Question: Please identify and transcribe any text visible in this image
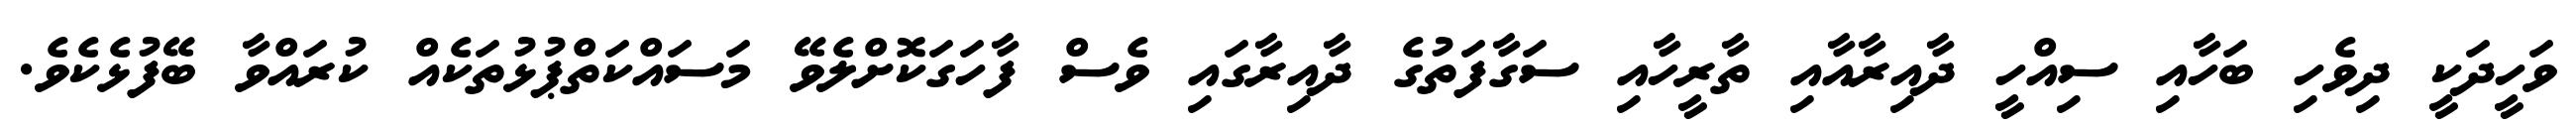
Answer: ވަހީދަކީ ދިވެހި ބަހާއި ސިއްހީ ދާއިރާއާއި ތާރީހާއި ސަގާފަތުގެ ދާއިރާގައި ވެސް ފާހަގަކޮށްލެވޭ މަސައްކަތްޕުޅުތަކެއް ކުރައްވާ ބޭފުޅެކެވެ.